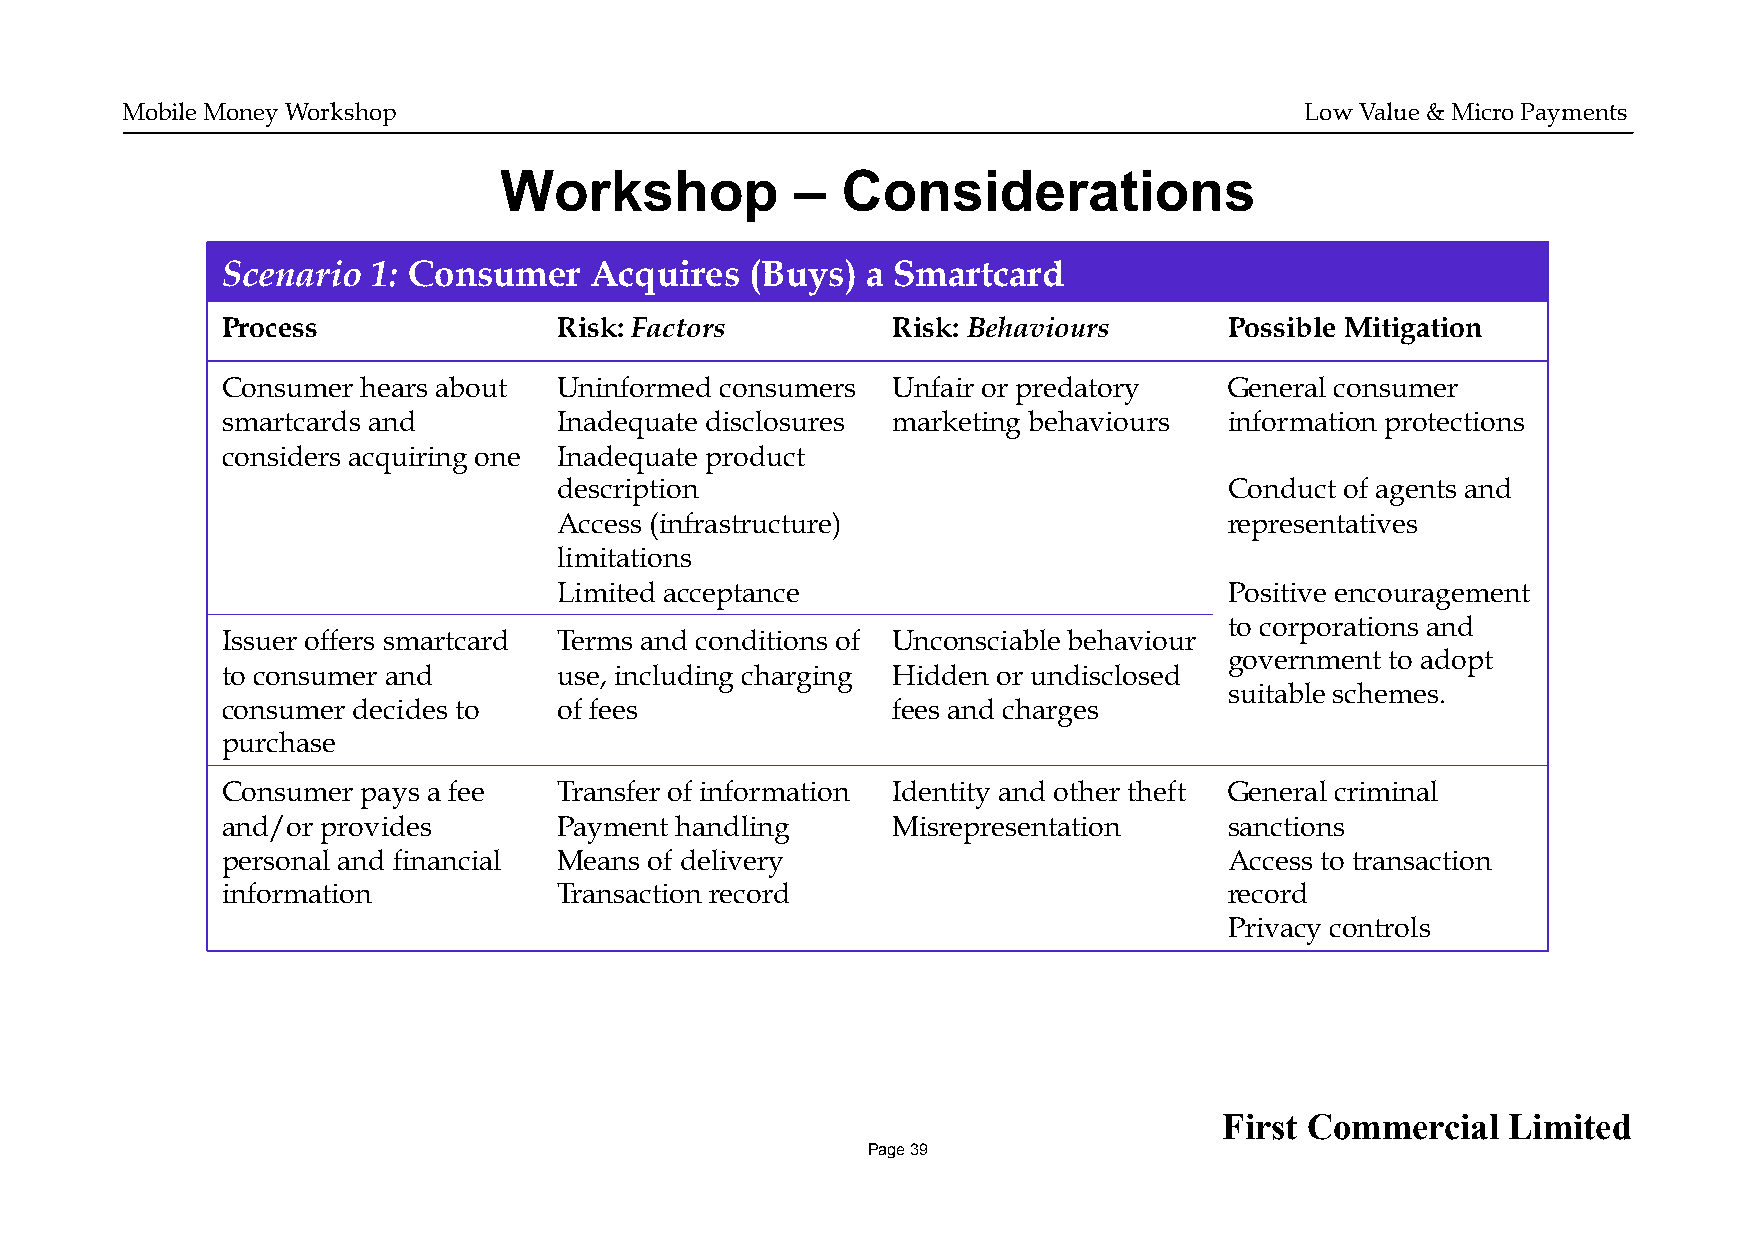
Mobile Money Workshop                                                         Low Value & Micro Payments
 Workshop            –  Considerations
 Scenario  1: Consumer   Acquires   (Buys) a Smartcard
 Process               Risk: Factors         Risk: Behaviours      Possible Mitigation
 Consumer hears about  Uninformed consumers  Unfair or predatory   General consumer
 smartcards and        Inadequate disclosures marketing behaviours information protections
 considers acquiring one Inadequate product
 description                                 Conduct of agents and
 Access (infrastructure)                     representatives
 limitations
 Limited acceptance                          Positive encouragement
 to corporations and
 Issuer offers smartcard Terms and conditions of Unconsciable behaviour
 government to adopt
 to consumer and       use, including charging Hidden or undisclosed
 suitable schemes.
 consumer decides to   of fees               fees and charges
 purchase
 Consumer pays a fee   Transfer of information Identity and other theft General criminal
 and/or provides       Payment handling      Misrepresentation     sanctions
 personal and financial Means of delivery                          Access to transaction
 information           Transaction record                          record
 Privacy controls
 First Commercial   Limited
 Page 39